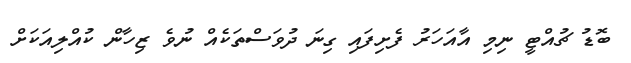
ބޮޑު ޗުއްޓީ ނިމި އާއަހަރު ފެށިފައި ގިނަ ދުވަސްތަކެއް ނުވެ ޒިހާން ކުއްލިއަކަށް